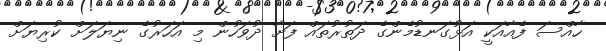
ހާއްސަ ފެއާއަކީ އަޅުގަނޑުމެންގެ ދަތުރުތައް ފަށާ ދުވަހުން މި އަހަރުގެ ނިޔަލަށް ކުރިޔަށް